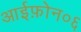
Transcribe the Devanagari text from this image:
आईफ़ोन०६